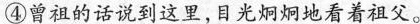
④曾祖的话说到这里，目光炯炯地看着祖父。